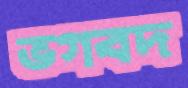
ভগবদ